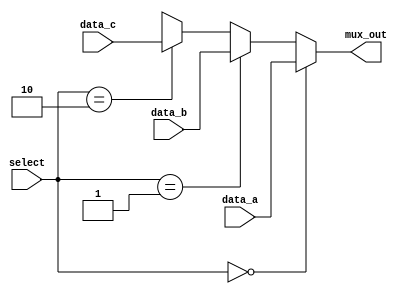
module MUX_3CHANNEL (mux_out, data_a, data_b, data_c, select);
  
  parameter word_size = 32;
  
  output [word_size-1:0] mux_out;
  
  input [word_size-1:0] data_a, data_b, data_c;
  input [1:0] select;
  
  assign mux_out = (select == 0) ? data_a : (select == 1) ? data_b : (select == 2) ? data_c : 32'bx;
  
endmodule